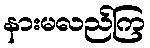
နားမလည်ကြ